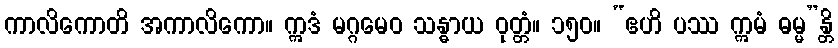
ကာလိကောတိ အကာလိကော။ ဣဒံ မဂ္ဂမေဝ သန္ဓာယ ဝုတ္တံ။ ၁၅၀။ “ဧဟိ ပဿ ဣမံ ဓမ္မ”န္တိ